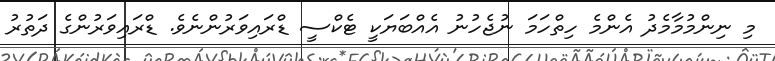
މި ނިންމުމާމެދު އެންމެ ހިތްހަމަ ނުޖެހުނު އެއްބަޔަކީ ޓެކްސީ ޑްރައިވަރުންނެވެ. ޑްރައިވަރުންގެ ދަތުރު